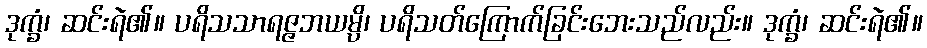
ဒုက္ခံ၊ ဆင်းရဲ၏။ ပရိသသာရဇ္ဇဘယမ္ပိ၊ ပရိသတ်ကြောက်ခြင်းဘေးသည်လည်း။ ဒုက္ခံ၊ ဆင်းရဲ၏။